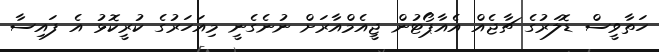
ހަތާވީސް ޑޮލަރުގެ ޗާޖެއް އެއާޕޯޓުން ޖީއެމްއާރަށް ނުނެގެނީ މިއަހަރުގެ ކުރީކޮޅު އެ ފައިސާ